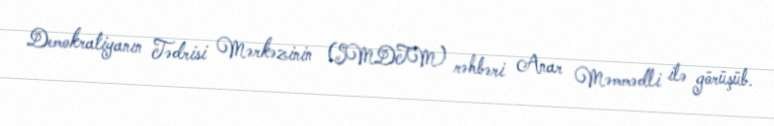
Demokratiyanın Tədrisi Mərkəzinin (SMDTM) rəhbəri Anar Məmmədli ilə görüşüb.